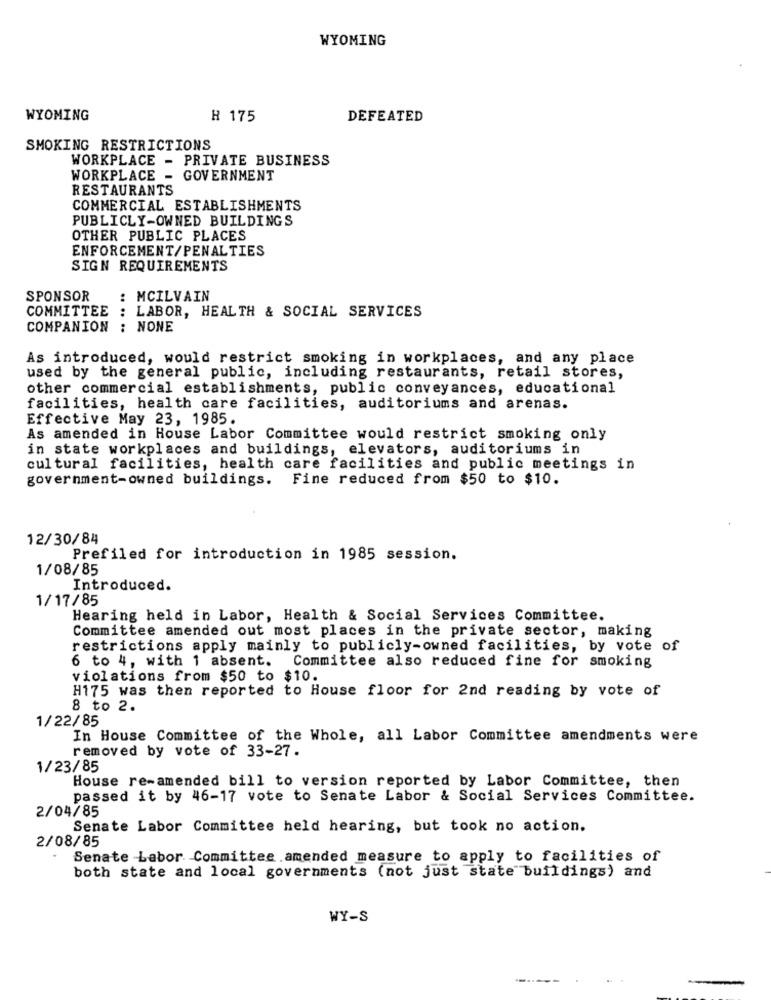
WYOMING
WYOMING
H 175
DEFEATED
SMOKING RESTRICTIONS
WORKPLACE - PRIVATE BUSINESS
WORKPLACE - GOVERNMENT
RESTAURANTS
COMMERCIAL ESTABLISHMENTS
PUBLICLY-OWNED BUILDINGS
OTHER PUBLIC PLACES
ENFORCEMENT/PENALTIES
SIGN REQUIREMENTS
SPONSOR
: MCILVAIN
COMMITTEE : LABOR, HEALTH & SOCIAL SERVICES
COMPANION : NONE
As introduced, would restrict smoking in workplaces, and any place
used by the general public, including restaurants, retail stores,
other commercial establishments, public conveyances, educational
facilities, health care facilities, auditoriums and arenas.
Effective May 23, 1985.
As amended in House Labor Committee would restrict smoking only
in state workplaces and buildings, elevators, auditoriums in
cultural facilities, health care facilities and public meetings in
government-owned buildings. Fine reduced from $50 to $10.
12/30/84
Prefiled for introduction in 1985 session.
1/08/85
Introduced.
1/17/85
Hearing held in Labor, Health & Social Services Committee.
Committee amended out most places in the private sector, making
restrictions apply mainly to publicly-owned facilities, by vote of
6 to 4, with 1 absent. Committee also reduced fine for smoking
violations from $50 to $10.
H175 was then reported to House floor for 2nd reading by vote of
8 to 2.
1/22/85
In House Committee of the Whole, all Labor Committee amendments were
removed by vote of 33-27.
1/23/85
House re-amended bill to version reported by Labor Committee, then
passed it by 46-17 vote to Senate Labor & Social Services Committee.
2/04/85
Senate Labor Committee held hearing, but took no action.
2/08/85
Senate Labor Committee amended measure to apply to facilities of
both state and local governments (not just state buildings) and
WY-S
-------